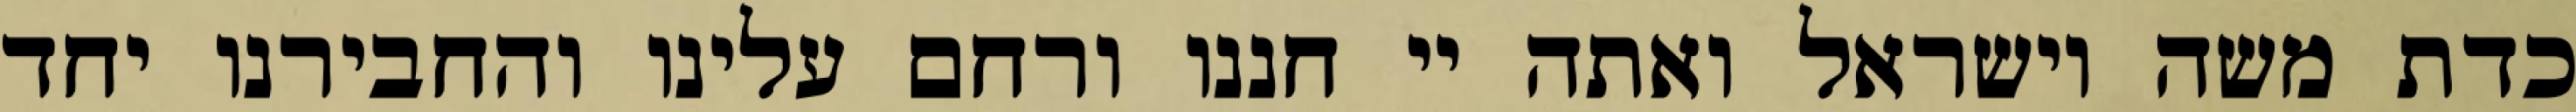
כדת משה וישראל ואתה יי חננו ורחם עלינו והחבירנו יחד